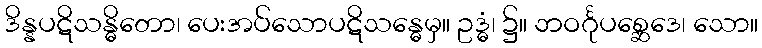
ဒိန္နပဋိသန္ဓိတော၊ ပေးအပ်သောပဋိသန္ဓေမှ။ ဥဒ္ဓံ၊ ၌။ ဘဝင်္ဂုပစ္ဆေဒေ၊ သော။